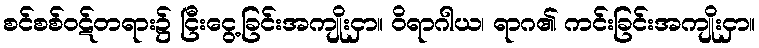
စင်စစ်ဝဋ်တရား၌ ငြီးငွေ့ခြင်းအကျိုးငှာ။ ဝိရာဂါယ၊ ရာဂ၏ ကင်းခြင်းအကျိုးငှာ။